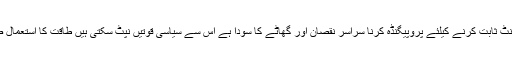
منظور پشین کو ملک دشمن قوتوں کا ایجنٹ ثابت کرنے کیلئے پروپیگنڈہ کرنا سراسر نقصان اور گھاٹے کا سودا ہے اس سے سیاسی قوتیں نپٹ سکتی ہیں طاقت کا استعمال صرف نفرت پیدا کرے گا اور کچھ نہیں ۔